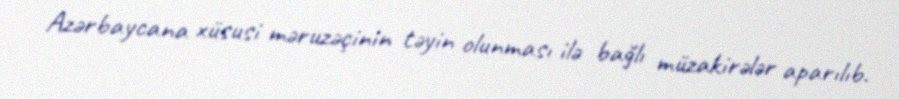
Azərbaycana xüsusi məruzəçinin təyin olunması ilə bağlı müzakirələr aparılıb.